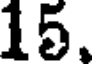
15.